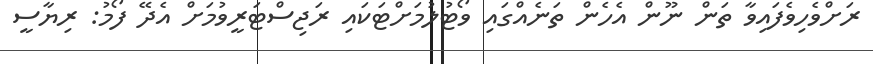
ރަށްވެހިވެފައިވާ ތަން ނޫން އެހެން ތަނެއްގައި ވޯޓުލުމަށްޓަކައި ރަޖިސްޓަރީވުމަށް އެދޭ ފޯމު: ރިޔާސީ